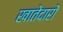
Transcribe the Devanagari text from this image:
खातेदारों